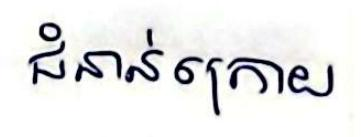
ជំនាន់ក្រោយ